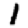
Digit: 1